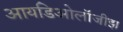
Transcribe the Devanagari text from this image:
आयडिओलॉजीझ